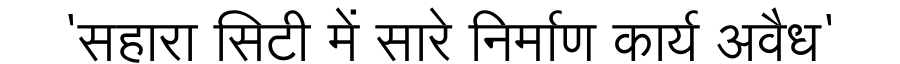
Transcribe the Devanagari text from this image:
'सहारा सिटी में सारे निर्माण कार्य अवैध'